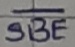
Text: SBE